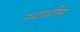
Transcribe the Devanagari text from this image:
स्‍वाधीन